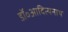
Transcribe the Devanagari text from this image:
डॉ॰आदित्यनाथ